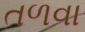
તળવા